Scientific memoirs by medical officers of the Army of India - Part III,
Year: 1887
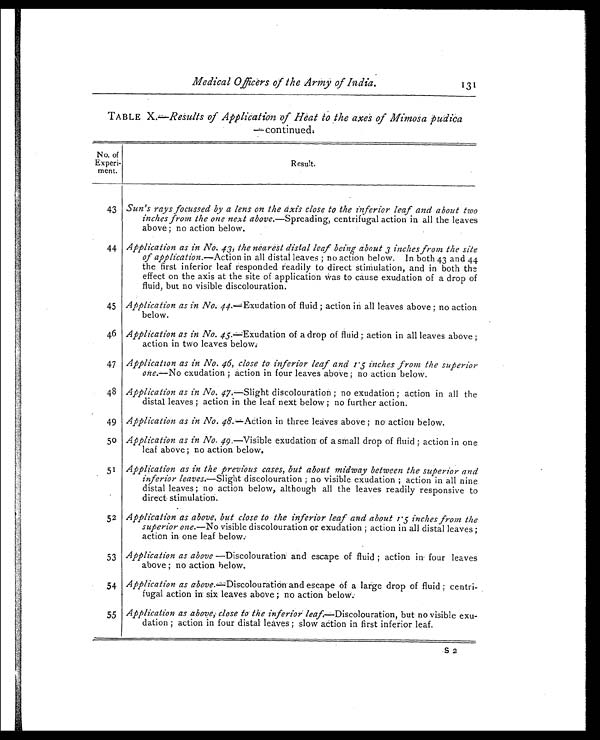
Medical Officers of the Army of India.
131
TABLE X.—Results of Application of Heat to the axes of Mimosa pudica
— c o n t i n u e d .
No. of
Experi-
ment.
Result.
43 Sun's rays focussed by a lens on the axis close to the inferior leaf and about two
inches from the one next above.—Spreading, centrifugal action in all the leaves
above ; no action below.
44 Application as in NO. 43, the nearest distal leaf being about 3 inches from the site
of application.—Action in all distal leaves ; no action below. In both 43 and 44
the first inferior leaf responded readily to direct stimulation, and in both the
effect on the axis at the site of application was to cause exudation of a drop of
fluid, but no visible discolouration.
45 Application as in No. 44.—Exudation of fluid ; action in all leaves above ; no action
below.
46 Application as in No. 45. —Exudation of a drop of fluid ; action in all leaves above ;
action in two leaves below.
47 Application as in No. 46, close to inferior leaf and 1.5 inches from the superior
one.—No exudation ; action in four leaves above ; no action below.
48 Application as in No. 47. —Slight discolouration ; no exudation ; action in all the
distal leaves ; action in the leaf next below ; no further action.
49 Application as in No. 48. —Action in three leaves above ; no action below.
50 Application as in No. 49. —Visible exudation of a small drop of fluid ; action in one
leaf above ; no action below.
5 1
Application as in the previous cases, but about midway between the superior and
inferior leaves.—Slight discolouration ; no visible exudation ; action in all nine
distal leaves ; no action below, although all the leaves readily responsive to
direct stimulation.
52 Application as above, but close to the inferior leaf and about 1.5 inches from the
superior one.—No visible discolouration or exudation ; action in all distal leaves ;
action in one leaf below.
53 Application as above —Discolouration and escape of fluid ; action in four leaves
above ; no action below.
54 Application as above.—Discolouration and escape of a large drop of fluid ; centri-
fugal action in six leaves above ; no action below.
55 Application as above, close to the inferior leaf. —Discolouration, but no visible exu-
dation ; action in four distal leaves ; slow action in first inferior leaf.
S 2